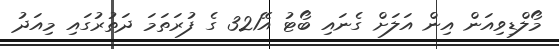
މޯލްޑިވިއަން އިން އަލަށް ގެނައި ބޯޓު އޭ321 ގެ ފުރަތަމަ ދަތުރުގައި މިއަދު